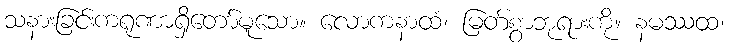
သနားခြင်းကရုဏာရှိတော်မူသော။ လောကနာထံ၊ မြတ်စွာဘုရားကို။ နမဿထ၊